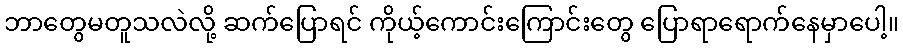
ဘာတွေမတူသလဲလို့ ဆက်ပြောရင် ကိုယ့်ကောင်းကြောင်းတွေ ပြောရာရောက်နေမှာပေါ့။